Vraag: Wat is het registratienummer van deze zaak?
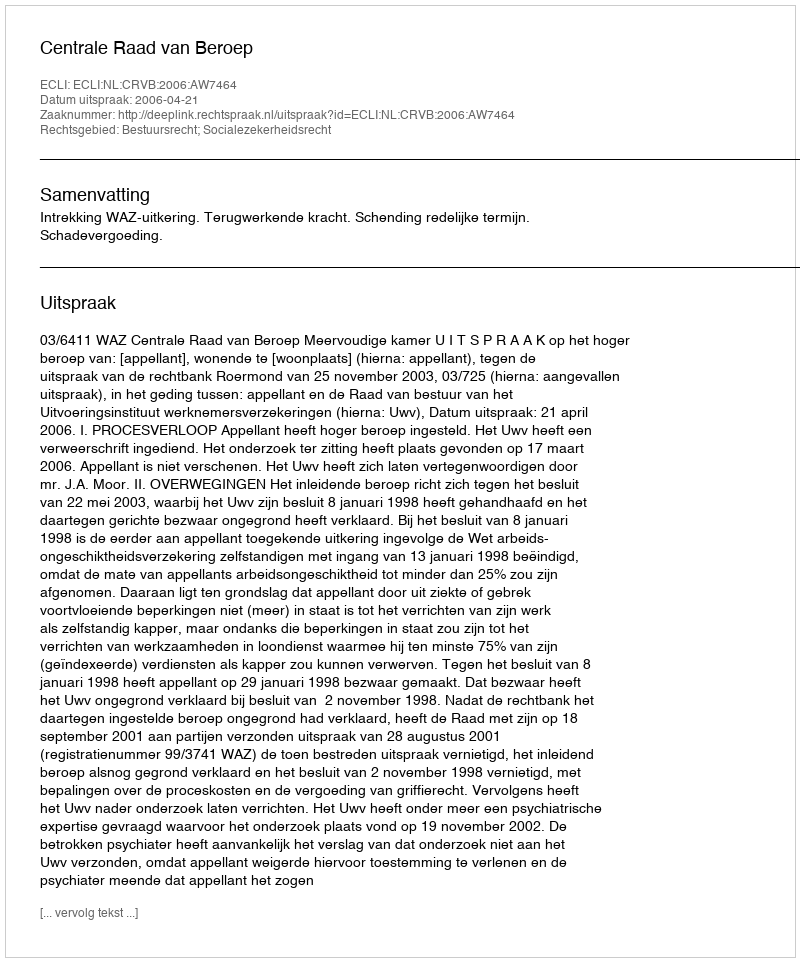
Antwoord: http://deeplink.rechtspraak.nl/uitspraak?id=ECLI:NL:CRVB:2006:AW7464